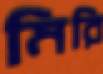
মিরি